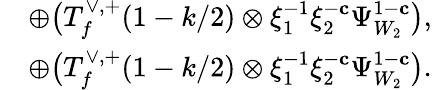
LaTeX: \begin{array}{rl}&{\oplus\bigl(T_{f}^{\vee,+}(1-k/2)\otimes\xi_{1}^{-1}\xi_{2}^{-\mathbf{c}}\Psi_{W_{2}}^{1-\mathbf{c}}\bigr),}\\ &{\oplus\bigl(T_{f}^{\vee,+}(1-k/2)\otimes\xi_{1}^{-1}\xi_{2}^{-\mathbf{c}}\Psi_{W_{2}}^{1-\mathbf{c}}\bigr).}\end{array}